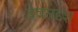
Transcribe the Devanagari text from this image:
देवसदृश